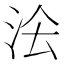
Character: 𭰅